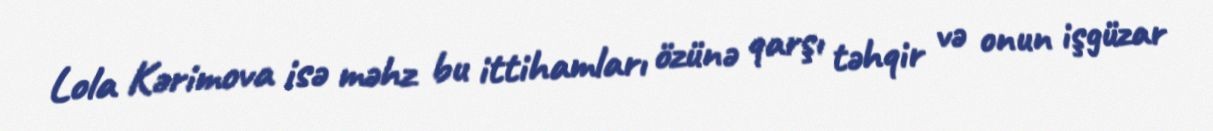
Lola Kərimova isə məhz bu ittihamları özünə qarşı təhqir və onun işgüzar